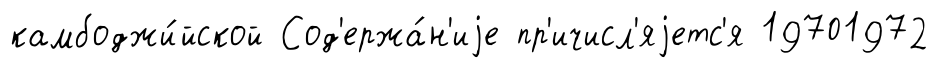
камбоджи́йской Сод'ержа́н'иjе пр'ичисл'яjетс'я 19701972